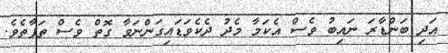
އަދި ބަންޑާރަ ނައިބު ވެސް އެކަމާ މެދު ދެކެވަޑައިގަންނަވާ ގޮތް ވެސް ތަފާތެވެ.